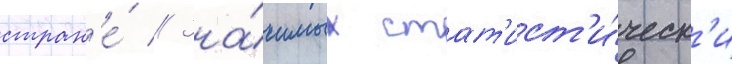
стран'е́ // Зна́чимых стат'ист'и́ческ'и